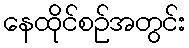
နေထိုင်စဉ်အတွင်း